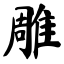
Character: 雕